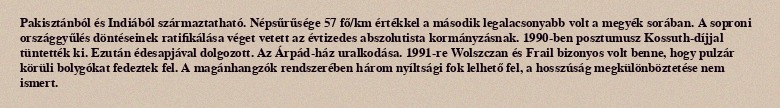
Pakisztánból és Indiából származtatható. Népsűrűsége 57 fő/km értékkel a második legalacsonyabb volt a megyék sorában. A soproni országgyűlés döntéseinek ratifikálása véget vetett az évtizedes abszolutista kormányzásnak. 1990-ben posztumusz Kossuth-díjjal tüntették ki. Ezután édesapjával dolgozott. Az Árpád-ház uralkodása. 1991-re Wolszczan és Frail bizonyos volt benne, hogy pulzár körüli bolygókat fedeztek fel. A magánhangzók rendszerében három nyíltsági fok lelhető fel, a hosszúság megkülönböztetése nem ismert.